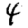
Digit: 4